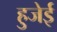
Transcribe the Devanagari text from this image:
हुजेई